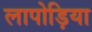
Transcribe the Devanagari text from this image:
लापोड़िया